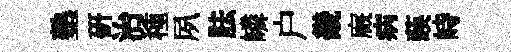
塾研治種夙胠嶙户畿廐病𦴤峙